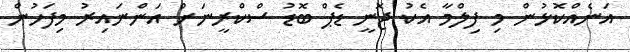
އަނެއްކޮޅުން މި ފިލްމާ އެކު ޖޮނީ ޑެޕް ބޮޑު ސްކްރީނަށް އަންނައިރު މިފަހުން